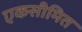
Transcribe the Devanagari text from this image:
एकसीमित